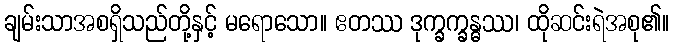
ချမ်းသာအစရှိသည်တို့နှင့် မရောသော။ ဧတဿ ဒုက္ခက္ခန္ဓဿ၊ ထိုဆင်းရဲအစု၏။